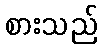
စားသည်